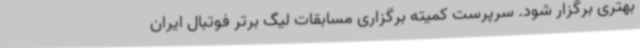
بهتری برگزار شود. سرپرست کمیته برگزاری مسابقات لیگ برتر فوتبال ایران